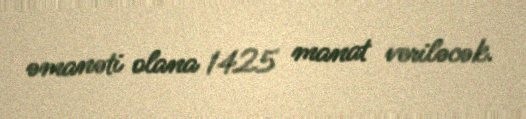
əmanəti olana 1425 manat veriləcək.